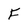
Character: F